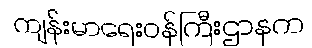
ကျန်းမာရေးဝန်ကြီးဌာနက